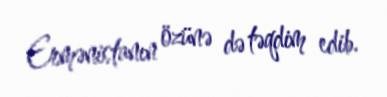
Ermənistanın özünə də təqdim edib.